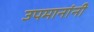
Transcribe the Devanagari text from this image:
उपमानांनी